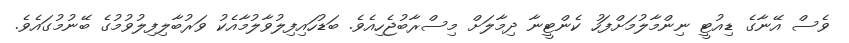
ވެސް އޭނާގެ ޑިއުޓީ ނިންމާލުމަށްފަހު ކެންޓީނާ ދިމާލަށް މިސްރާބުޖެހިއެވެ. ބަޑުހައިފިލުވާލުމާއެކު ވަރުބާލިފިލުވުމުގެ ބޭނުމުގައެވެ.